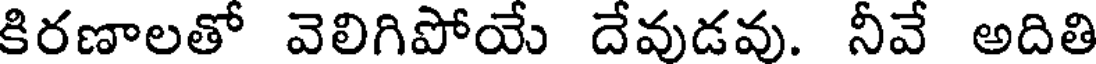
కిరణాలతో వెలిగిపోయే దేవుడవు. నీవే అదితి